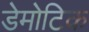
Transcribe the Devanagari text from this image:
डेमोटिक